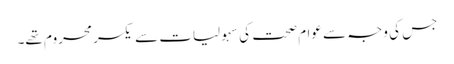
جس کی وجہ سے عوام صحت کی سہولیات سے یکسر محروم تھے۔